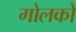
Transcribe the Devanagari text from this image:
गोलकों